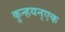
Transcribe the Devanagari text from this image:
कुन्हयन्एक